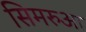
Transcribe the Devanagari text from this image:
सिमरुआ